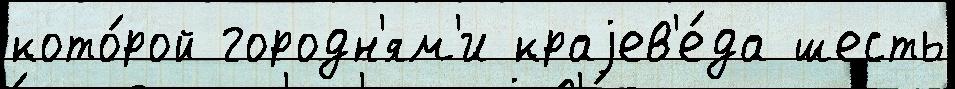
кото́рой городн'ям'и краjев'е́да шесть